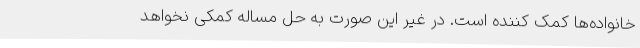
خانواده‌ها کمک کننده است. در غیر این صورت به حل مساله کمکی نخواهد